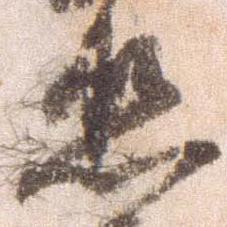
丞